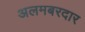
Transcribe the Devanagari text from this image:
अलमबरदार